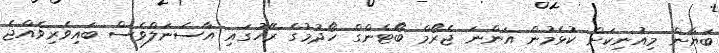
ބަޔާން މިއުނިކަށް ކުޅެމުން އަންނަ ޖެރޯމް ބޯޓެންގް ހޯދުމުގެ ރޭހުގައި އާސެނަލްވެސް ބައިވެރިވެއްޖެ